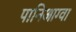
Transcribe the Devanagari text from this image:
पानिआग्वा